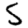
Digit: 5